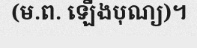
(ម.ព. ឡើងបុណ្យ)។